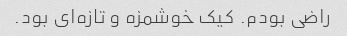
راضی بودم. کیک خوشمزه و تازه‌ای بود.